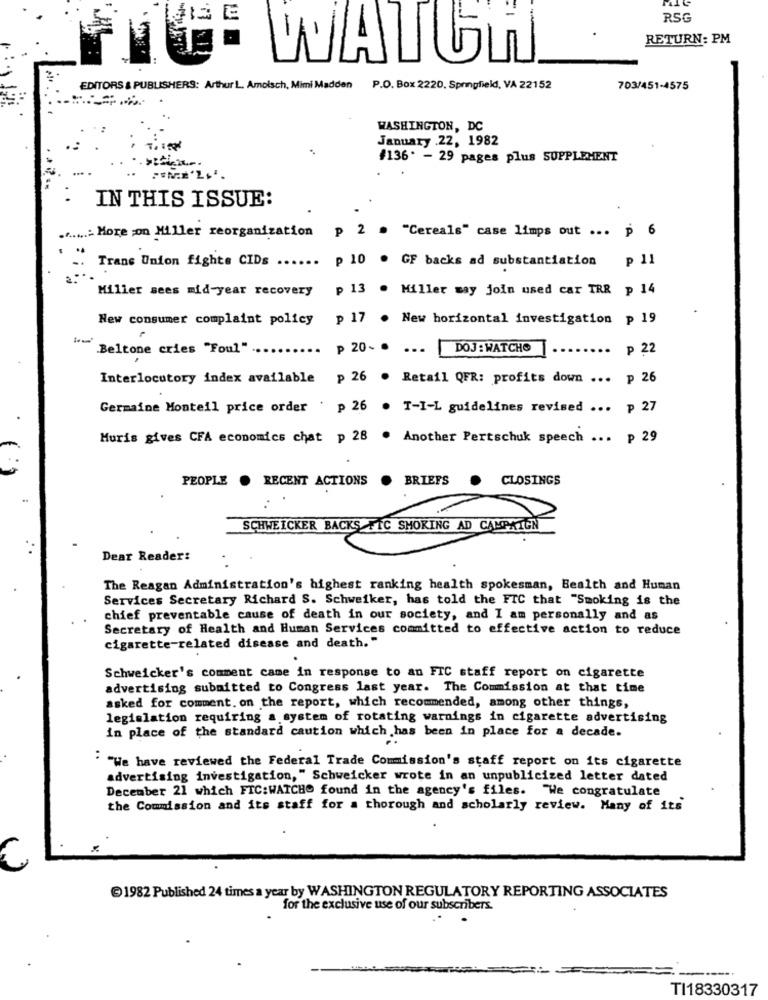
RSG
RETURN: PM
WATUn
EDITORS & PUBLISHERS: Arthur L. Amolsch, Mimi Madden P.O. Box 2220, Springfield, VA 22152
703/451-4575
WASHINGTON, DC
January .22, 1982
#136. - 29 pages plus SUPPLEMENT
IN THIS ISSUE:
... More ;on Miller reorganization
p 2 . "Cereals" case limps out ... p 6
p 10
. GF backs ad substantiation
p 11
Trans Union fighte CIDs ....
Miller sees mid-year recovery
p 13
. Miller way join used car TR& p 14
New consumer complaint policy
p 17 . New horizontal investigation p 19
Beltone cries "Foul"
p 20. . ..
DOJ : WATCHO
.. p 22
Interlocutory index available p 26 . Retail QFR: profits down ... p 26
Germaine Monteil price order . p 26
. T-I-L guidelines revised ... p 27
Muris gives CFA economics chat p 28
. Another Pertschuk speech ... p 29
PEOPLE .
RECENT ACTIONS
. BRIEFS
CLOSINGS
SCHWEICKER BACKS FIC SMOKING AD CAMPAIGN
Dear Reader:
The Reagan Administration's highest ranking health spokesman, Bealth and Human
Services Secretary Richard S. Schweiker, has told the FIC that "Smoking is the
chief preventable cause of death in our society, and I am personally and as
Secretary of Health and Human Services committed to effective action to reduce
cigarette-related disease and death."
Schweicker's comment came in response to an FIC staff report on cigarette
advertising submitted to Congress last year. The Commission at that time
asked for comment. on the report, which recommended, among other things,
legislation requiring a system of rotating warnings in cigarette advertising
in place of the standard caution which has been in place for a decade.
" "We have reviewed the Federal Trade Commission's staff report on its cigarette
advertising investigation, " Schweicker wrote in an unpublicized letter dated
December 21 which FIC:WATCHO found in the agency's files. "We congratulate
the Commission and its staff for a thorough and scholarly review. Many of its
1982 Published 24 times a year by WASHINGTON REGULATORY REPORTING ASSOCIATES
for the exclusive use of our subscribers.
TI18330317